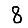
Digit: 8